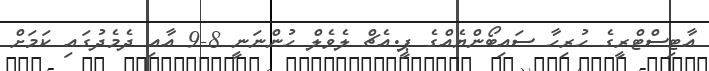
އާޓިސްޓްރީގެ ހުރިހާ ސައިބޯންޔެއްގެ ޕީ.އެޗް ލެވެލް ހުންނަނީ 8-9 އާއި ދެމެދުގައި ކަމަށް